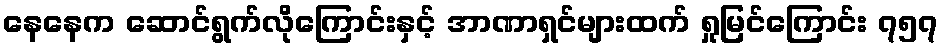
နေနေက ဆောင်ရွက်လိုကြောင်းနှင့် အာဏာရှင်များထက် ရှုမြင်ကြောင်း ၇၅၇